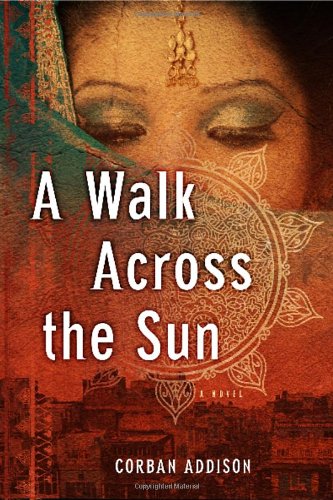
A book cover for A Walk Across the Sun; Corban Addison; Mystery, Thriller & Suspense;